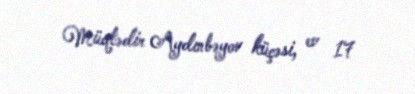
Müqtədir Aydınbəyov küçəsi, ev 17